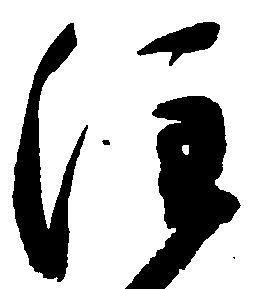
注